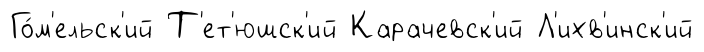
Го́м'ельск'ий Т'ет'юшск'ий Карачевск'ий Л'ихв'инск'ий